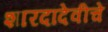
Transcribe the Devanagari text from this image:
शारदादेवीचे